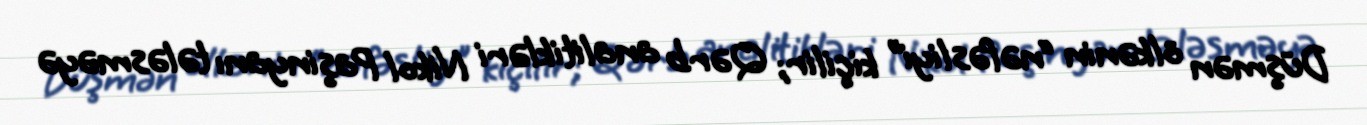
Düşmən ölkənin “nəfəsliyi” kiçilir; Qərb analitikləri Nikol Paşinyanı tələsməyə